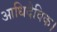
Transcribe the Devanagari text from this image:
आधिदैविक।